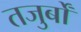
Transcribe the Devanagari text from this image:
तजुर्बों